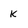
Character: k